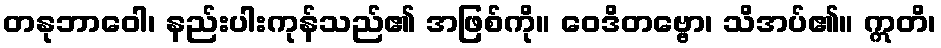
တနုဘာဝေါ၊ နည်းပါးကုန်သည်၏ အဖြစ်ကို။ ဝေဒိတဗ္ဗော၊ သိအပ်၏။ ဣတိ၊